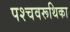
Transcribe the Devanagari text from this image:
पश्चवरूथिका